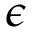
\epsilon